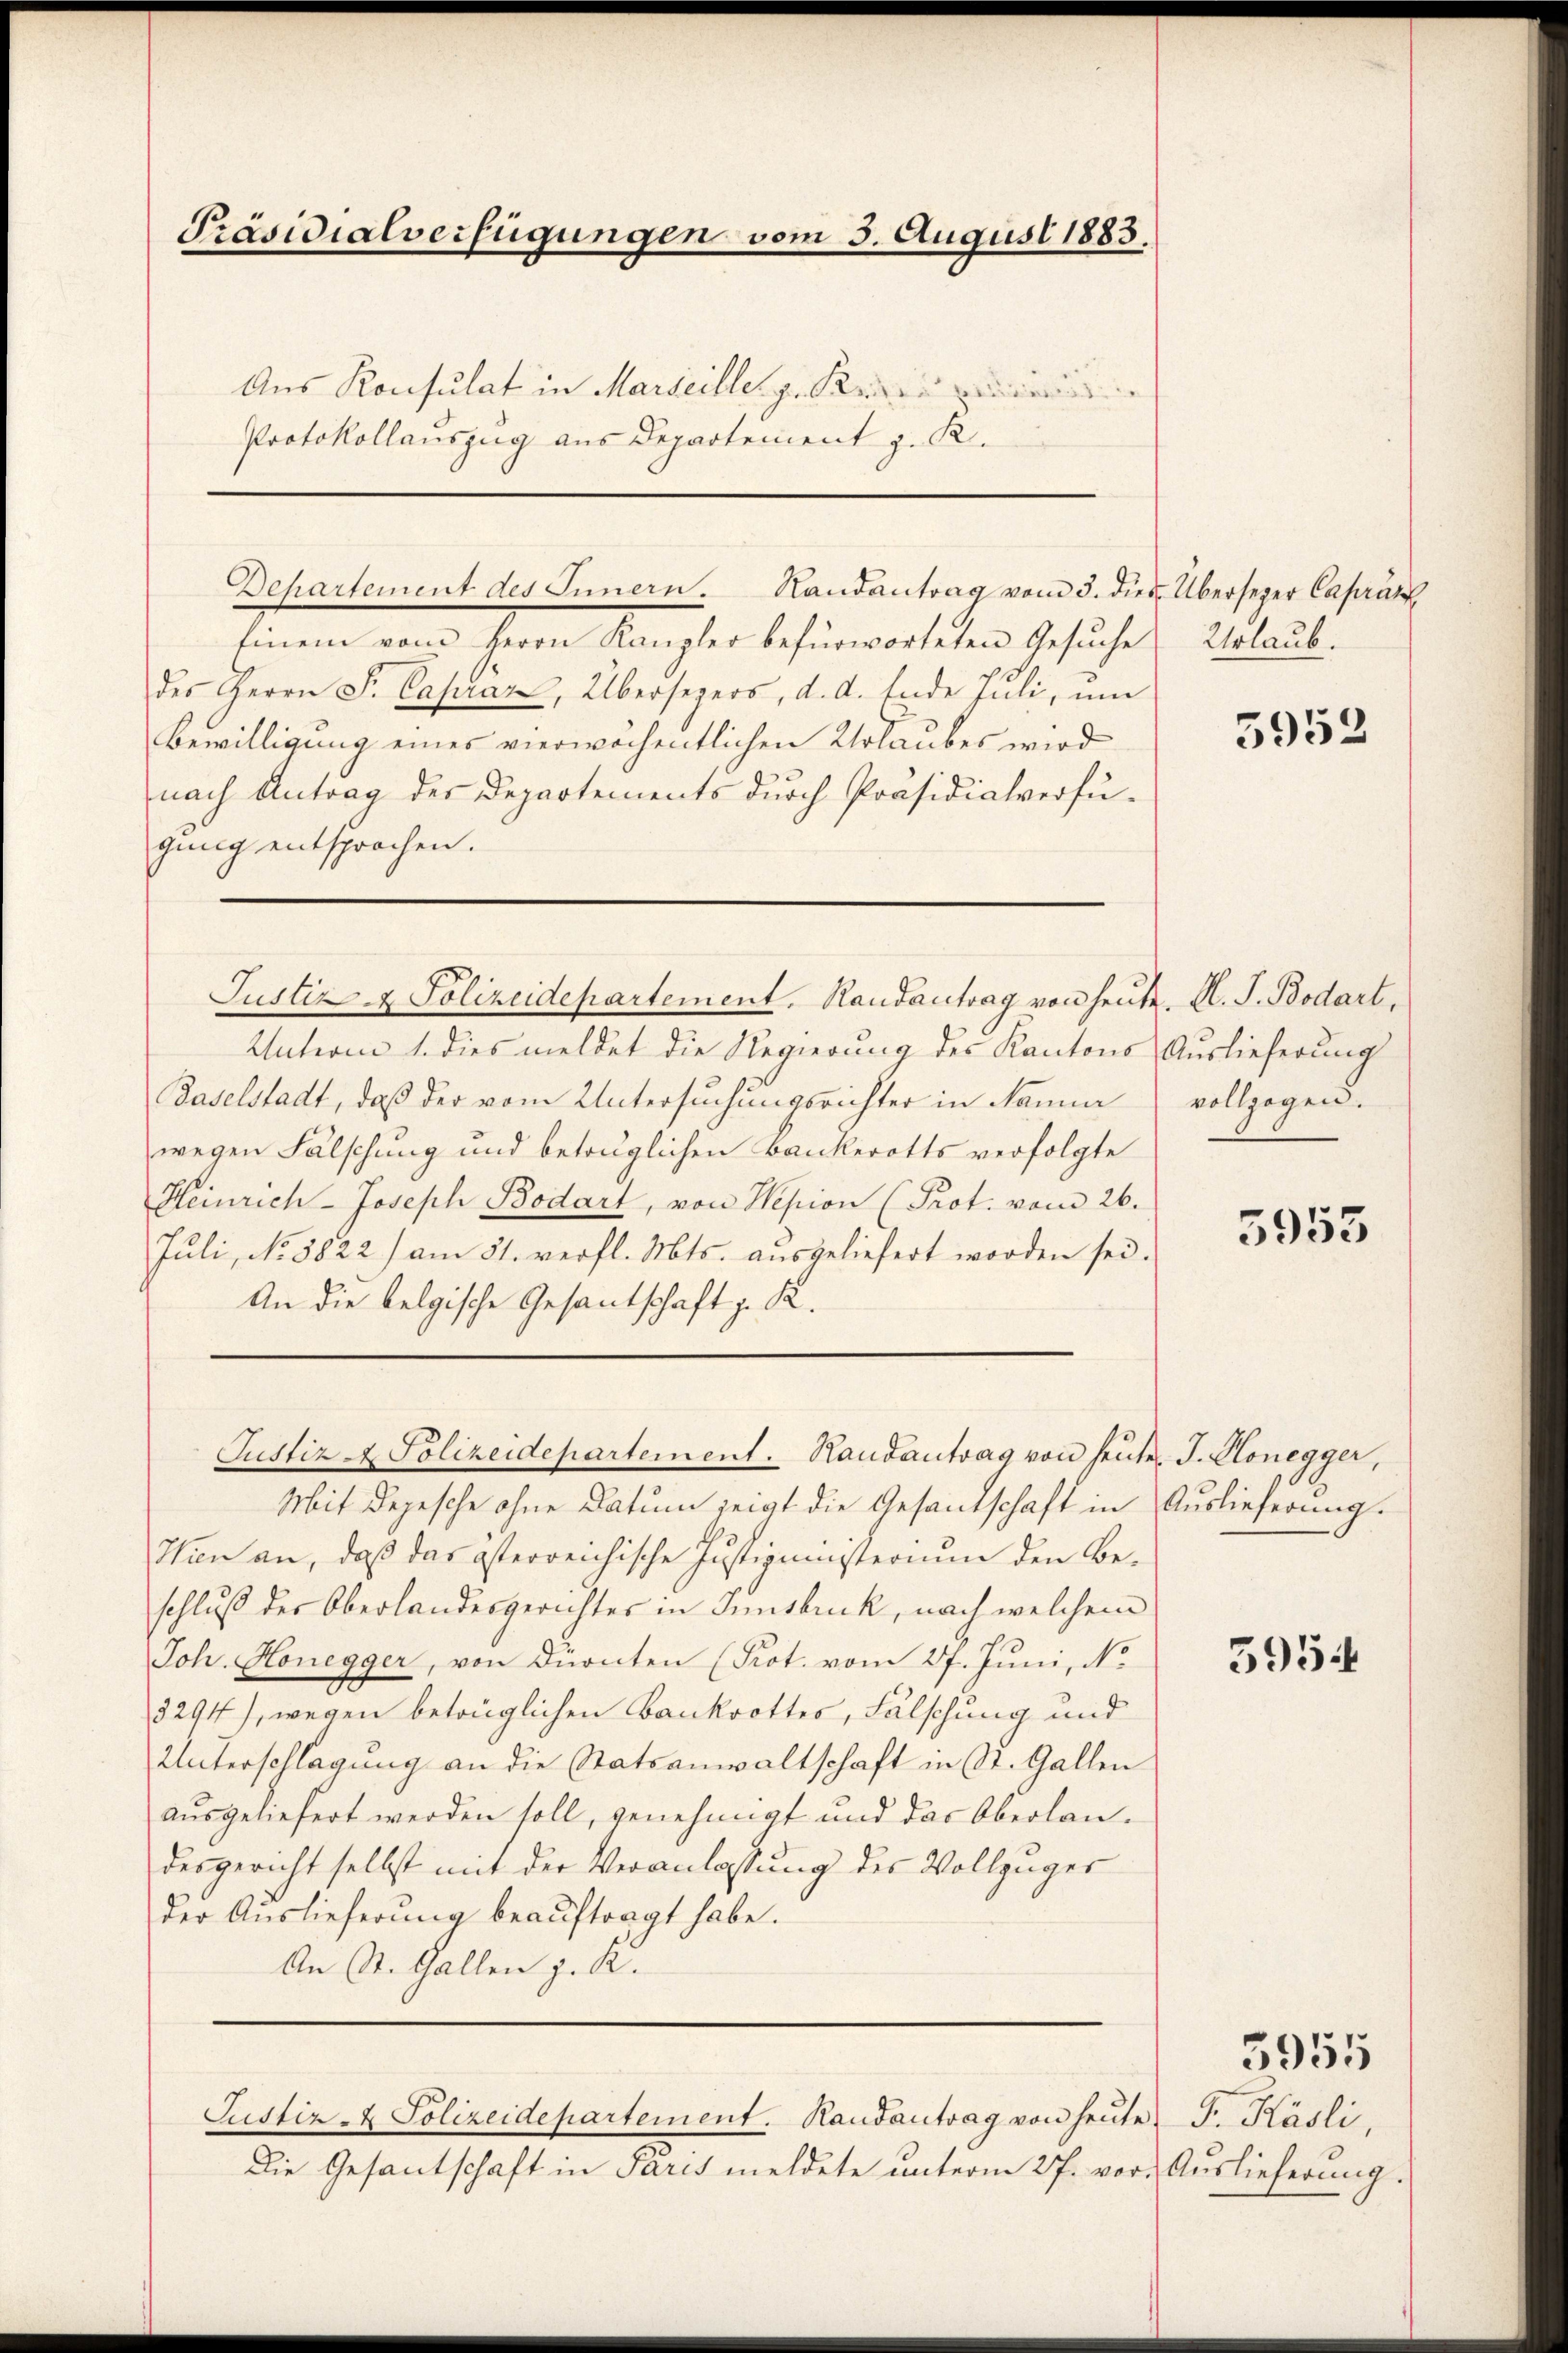
Präsidialverfügungen vom 3. August 1883.

Aus Konsulat in Marseiller z. Krien in
Protokollauszug aus Departement z. R.

Departement des Innern. Handantrag vom 3. dies Übersezer Capritz
Einem vom Herrn Kanzler befürworteten Gesŭche Urlaubdes Herrn F. Capraz, Übersezers, d. d. Ende Juli, um
Bewilligung eines vierwöchentlichen Urlaubes wird
nach Antrag des Departements durch Präsidialverfügung entsprochen.

Justiz- & Polizeidepartement, Randantrag von heute. H. J. Bodart,
Unterm 1. dies meldet die Regierung des Kantons Auslieferung
Baselstadt, daß der vom Untersuchungsrichter in Nanna
wegen Fälschung und betrüglichen Bankerotts verfolgte
Heinrich-Joseph Bodart, von Hesion (Prot. vom 26.
Juli, No 5822) am 31. verfl. Mts. aŭsgeliefert worden sei.
An die belgische Gesantschaft z. K.

Mit Depesche ohne Datum zeigt die Gesantschaft in Auslieferung.
Hien an, daß das österreichische Justizministerium den Be-
schluß der Oberlandesgerichtes in Innsbruck, nach welchem
Joh. Honegger, von Dürnten (Prot. vom 27. Juni, No
3294), wegen betrüglichen Bankrottes, Fälschung und
Unterschlagung an die Statsanwaltschaft in St. Gallen
ausgeliefert werden soll, genehmigt und das Oberlandesgericht selbst mit der Veranlassung des Vollzuger
der Auslieferŭng beaŭftragt habe.
An St. Gallen z. K.

Justiz - Polizeidepartement. Randantrag von heuten J. Honegger,

Justiz- & Polizeidepartement. Randantrag von heŭte F. Käsli,
Die Gesantschaft in Paris meldete unterm 27. vor.

5952

vollzogen.

5953

5954

3955

Auslieferung.